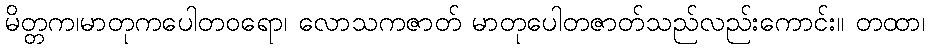
မိတ္တက၊မာတုကပေါတဝရော၊ လောသကဇာတ် မာတုပေါတဇာတ်သည်လည်းကောင်း။ တထာ၊